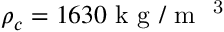
{ { \rho } _ { c } } = 1 6 3 0 \mathrm { ~ k ~ g ~ } / { { \mathrm { ~ m ~ } } ^ { \mathrm { ~ 3 ~ } } }